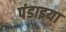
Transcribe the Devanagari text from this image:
पंडाइया